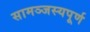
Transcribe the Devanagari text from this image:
सामञ्जस्यपूर्ण